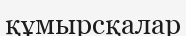
құмырсқалар